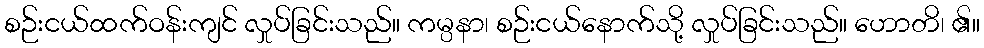
စဉ်းငယ်ထက်ဝန်းကျင် လှုပ်ခြင်းသည်။ ကမ္ပနာ၊ စဉ်းငယ်နောက်သို့ လှုပ်ခြင်းသည်။ ဟောတိ၊ ၏။